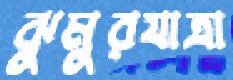
ঝুমুরযাত্রা